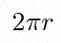
2\pi r